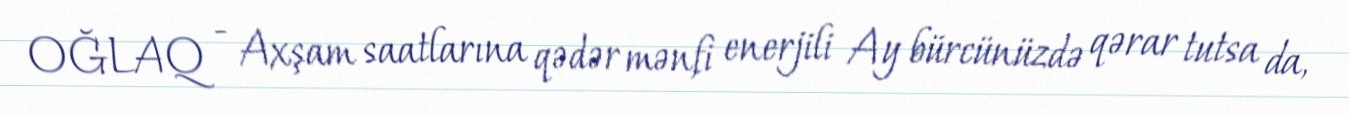
OĞLAQ - Axşam saatlarına qədər mənfi enerjili Ay bürcünüzdə qərar tutsa da,